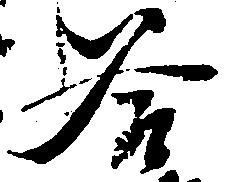
谷